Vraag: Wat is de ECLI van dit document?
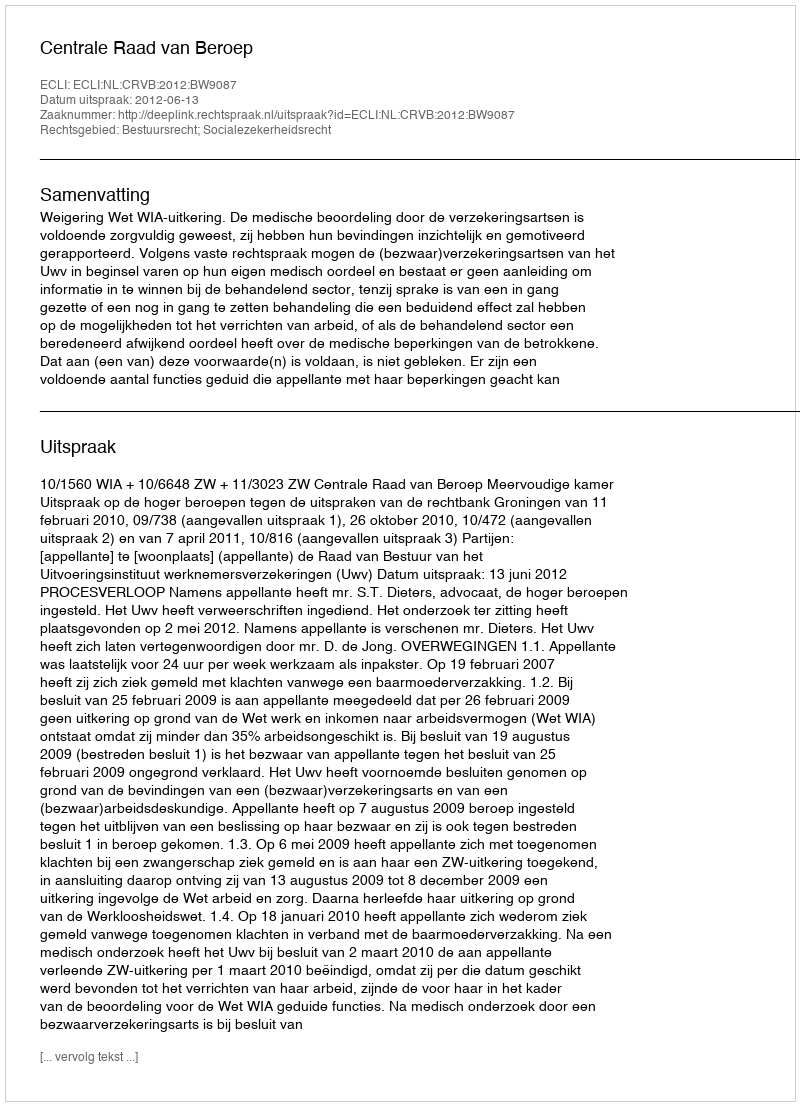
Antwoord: ECLI:NL:CRVB:2012:BW9087